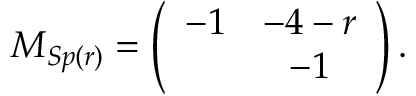
M _ { S p ( r ) } = \left( \begin{array} { c c } { { - 1 } } & { { - 4 - r } } \\ { { } } & { { - 1 } } \end{array} \right) .